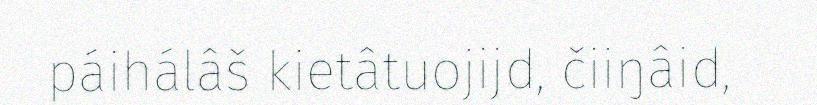
páihálâš kietâtuojijd, čiiŋâid,